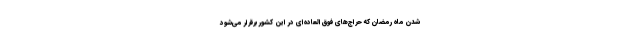
شدن ماه رمضان که حراج‌های فوق‌العاده‌ای در این کشور برقرار می‌شود